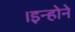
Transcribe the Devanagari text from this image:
।इन्होने